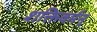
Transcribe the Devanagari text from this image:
शक्तिवर्मन्‌